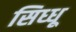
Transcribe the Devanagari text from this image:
सिध्धू